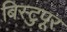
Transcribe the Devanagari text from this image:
बिस्टुपूर